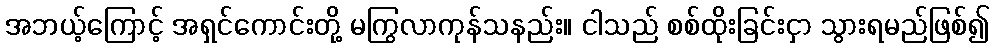
အဘယ့်ကြောင့် အရှင်ကောင်းတို့ မကြွလာကုန်သနည်း။ ငါသည် စစ်ထိုးခြင်းငှာ သွားရမည်ဖြစ်၍